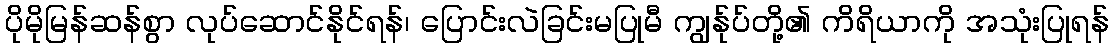
ပိုမိုမြန်ဆန်စွာ လုပ်ဆောင်နိုင်ရန်၊ ပြောင်းလဲခြင်းမပြုမီ ကျွန်ုပ်တို့၏ ကိရိယာကို အသုံးပြုရန်